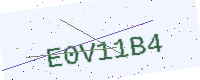
Text: E0V11B4